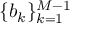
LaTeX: \{ b _ { k } \} _ { k = 1 } ^ { M - 1 }